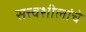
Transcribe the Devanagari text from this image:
सत्त्वशीलांचे